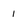
Character: 1